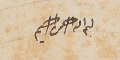
بسم الله الرحمن الرحيم